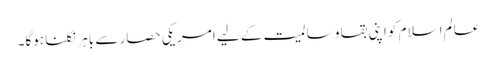
عالم اسلام کو اپنی بقا و سالمیت کے لیے امریکی حصار سے باہر نکلنا ہوگا۔